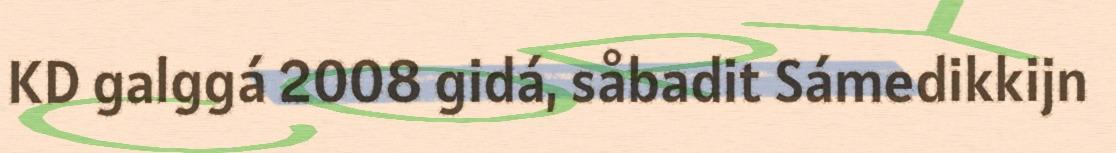
KD galggá 2008 gidá, såbadit Sámedikkijn